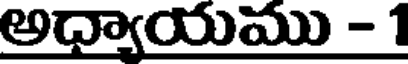
అధ్యాయము - 1